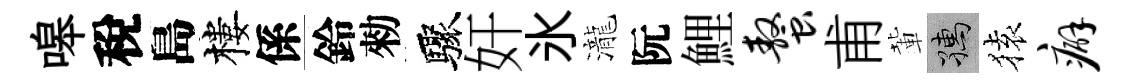
嗥稅島樓係鈴勑驟奸氷瀧阮鯉螯甫輩孺𫞤癖